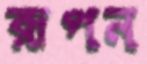
রূপন